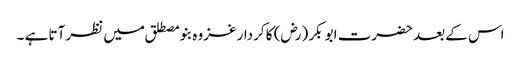
اس کے بعد حضرت ابو بکر (رض) کا کردار غزوہ بنو مصطلق میں نظر آتا ہے ۔